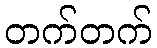
တက်တက်